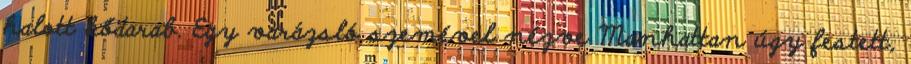
halott kődarab. Egy varázsló szemével nézve Manhattan úgy festett,